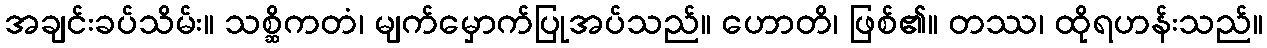
အချင်းခပ်သိမ်း။ သစ္ဆိကတံ၊ မျက်မှောက်ပြုအပ်သည်။ ဟောတိ၊ ဖြစ်၏။ တဿ၊ ထိုရဟန်းသည်။